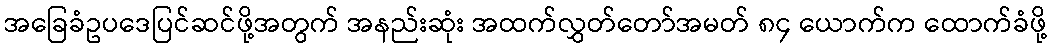
အခြေခံဥပဒေပြင်ဆင်ဖို့အတွက် အနည်းဆုံး အထက်လွှတ်တော်အမတ် ၈၄ ယောက်က ထောက်ခံဖို့